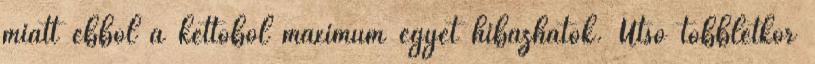
miatt ebből a kettőből maximum egyet hibázhatok. Utsó többletkör